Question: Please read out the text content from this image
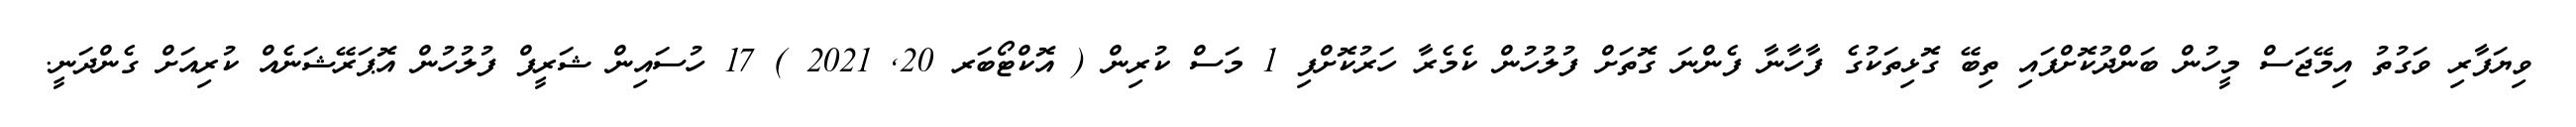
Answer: ވިޔަފާރި ވަގުތު އިމޭޖަސް މީހުން ބަންދުކޮށްފައި ތިބޭ ގޮޅިތަކުގެ ފާހާނާ ފެންނަ ގޮތަށް ފުލުހުން ކެމެރާ ހަރުކޮށްފި 1 މަސް ކުރިން ( އޮކްޓޯބަރ 20, 2021 ) 17 ހުސައިން ޝަރީފް ފުލުހުން އޮޕަރޭޝަނެއް ކުރިއަށް ގެންދަނީ.